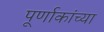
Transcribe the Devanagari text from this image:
पूर्णाकांच्या